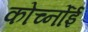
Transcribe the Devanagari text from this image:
कोर्च्नोई